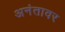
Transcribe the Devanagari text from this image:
अनंतावर